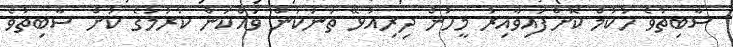
ސާބިތުވެ ހުކުމް ކޮށްފައިވާއިރު މީހުން ދިރިއުޅޭ ތަނަކުން ވައްކަން ކުރުމުގެ ކުށް ސާބިތުވެ